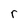
Character: r